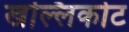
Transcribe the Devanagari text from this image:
खल्लिकोट